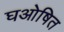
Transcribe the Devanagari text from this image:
घओषित